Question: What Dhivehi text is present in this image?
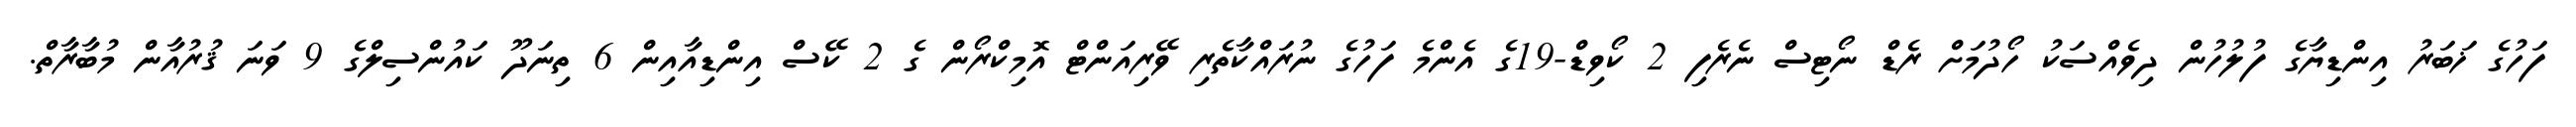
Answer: ފަހުގެ ޚަބަރު އިންޑިޔާގެ ފުލުހުން ދިވެއްސަކު ހޯދުމަށް ރެޑް ނޯޓިސް ނެރެފި 2 ކޯވިޑް-19ގެ އެންމެ ފަހުގެ ނުރައްކާތެރި ވޭރިއަންޓް އޮމިކްރޯން ގެ 2 ކޭސް އިންޑިއާއިން 6 ތިނަދޫ ކައުންސިލްގެ 9 ވަނަ ޤުރުއާން މުބާރާތް.